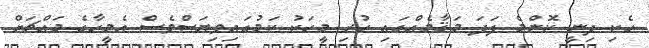
ހެކި ދިނީ ކޮންމެ ފަދަ މަޤާމެއްގައި ހުރި މީހަކު ކަމުގައިވިޔަސްވެސް އެމީހާގެ މައްޗަށް